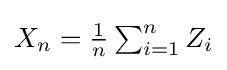
{\textstyle X_{n}={\frac {1}{n}}\sum _{i=1}^{n}Z_{i}}